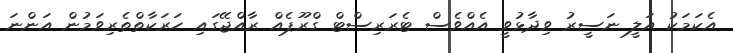
އެކަމަކު އަލީ ނަސީރު ވިދާޅުވީ އެއްވެސް ޓެރަރިސްޓް ގްރޫޕެއް ރާއްޖޭގައި ހަރަކާތްތެރިވަމުން އަންނަ